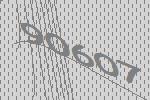
90607